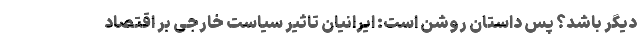
دیگر باشد؟ پس داستان روشن است: ایرانیان تاثیر سیاست خارجی بر اقتصاد